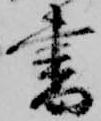
書